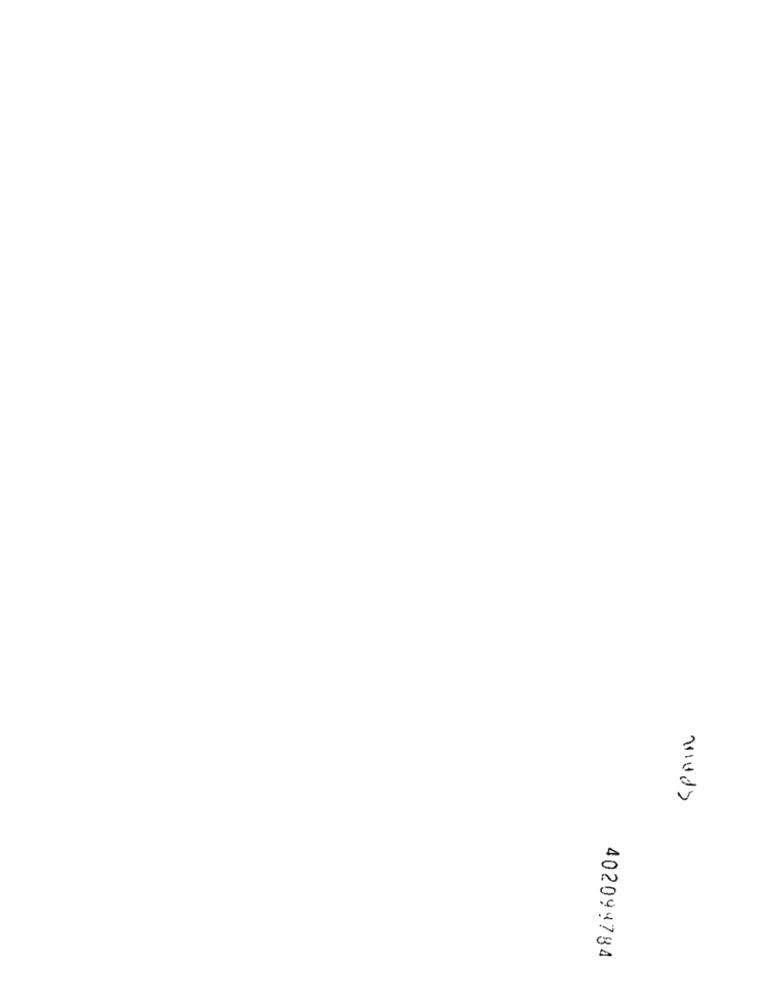
SPAIN
402099784